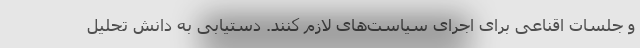
و جلسات اقناعی برای اجرای سیاست‌های لازم کنند. دستیابی به دانش تحلیل